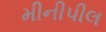
મીનીપીલ